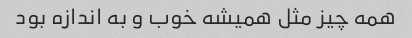
همه چیز مثل همیشه خوب و به اندازه بود